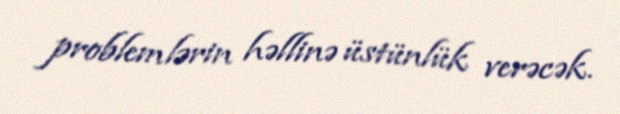
problemlərin həllinə üstünlük verəcək.